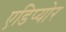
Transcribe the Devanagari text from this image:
एडिप्योर